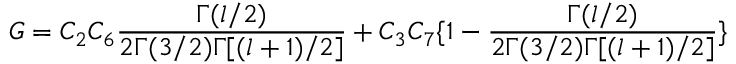
G = C _ { 2 } C _ { 6 } \frac { \Gamma ( l / 2 ) } { 2 \Gamma ( 3 / 2 ) \Gamma [ ( l + 1 ) / 2 ] } + C _ { 3 } C _ { 7 } \{ 1 - \frac { \Gamma ( l / 2 ) } { 2 \Gamma ( 3 / 2 ) \Gamma [ ( l + 1 ) / 2 ] } \}